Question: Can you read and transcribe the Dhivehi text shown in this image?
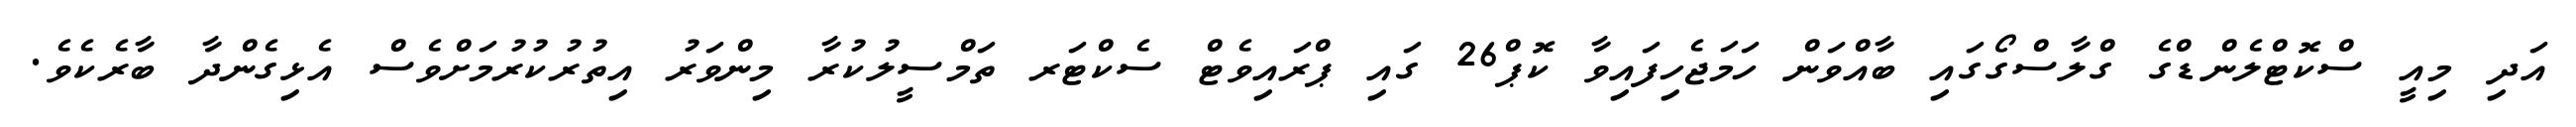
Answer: އަދި މިއީ ސްކޮޓްލެންޑްގެ ގްލާސްގޯގައި ބާއްވަން ހަމަޖެހިފައިވާ ކޮޕް26 ގައި ޕްރައިވެޓް ސެކްޓަރ ތަމްސީލުކުރާ މިންވަރު އިތުރުކުރުމަށްވެސް އެޅިގެންދާ ބާރެކެވެ.